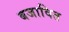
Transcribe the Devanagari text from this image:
बजावित